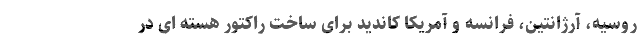
روسیه، آرژانتین، فرانسه و آمریکا کاندید برای ساخت راکتور هسته ای در